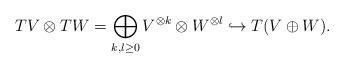
LaTeX: \begin{align*} TV\otimes TW=\bigoplus_{k,l\ge0}V^{\otimes k}\otimes W^{\otimes l}\hookrightarrow T(V\oplus W).\end{align*}